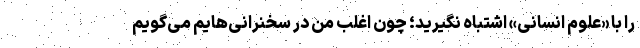
را با «علوم انسانی» اشتباه نگیرید؛ چون اغلب من در سخنرانی‌هایم می‌گویم